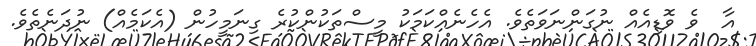
އާ  ވެ ވޮޑިއެއް ނުގަންނަވަތެވެ. އެހެނެއްކަމަކު މީސްތަކުންކުރެ ގިނަމީހުން (އެކަމެއް) ނުދަނެތެވެ.